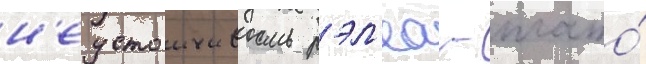
н'еустоичивость рэл'еа - плато́